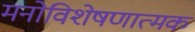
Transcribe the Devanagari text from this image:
मनोविशेषणात्मक